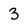
Character: 3